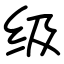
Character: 级